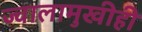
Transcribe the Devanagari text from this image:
ज्वालामुखीही